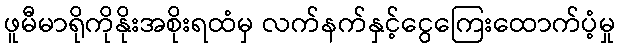
ဖူမီမာရိုကိုနိုးအစိုးရထံမှ လက်နက်နှင့်ငွေကြေးထောက်ပံ့မှု